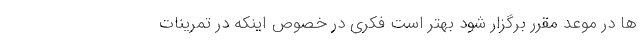
ها در موعد مقرر برگزار شود بهتر است فکری در خصوص اینکه در تمرینات